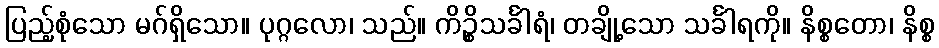
ပြည့်စုံသော မဂ်ရှိသော။ ပုဂ္ဂလော၊ သည်။ ကိဉ္စိသင်္ခါရံ၊ တချို့သော သင်္ခါရကို။ နိစ္စတော၊ နိစ္စ